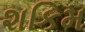
શકિમ